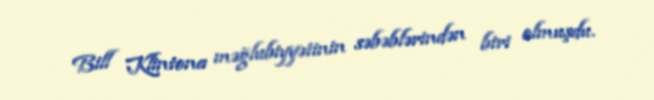
Bill Klintona məğlubiyyətinin səbəblərindən biri olmuşdu.